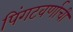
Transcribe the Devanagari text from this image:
पिंगटवर्णाची